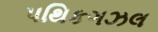
પથિકગઝલ